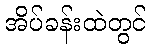
အိပ်ခန်းထဲတွင်